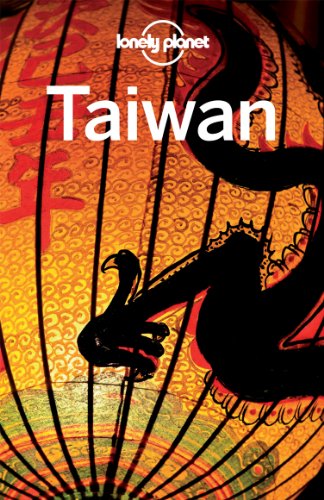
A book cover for Lonely Planet Taiwan (Country Travel Guide); Robert Kelly; Travel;